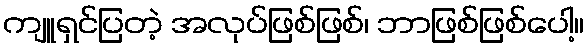
ကျူရှင်ပြတဲ့ အလုပ်ဖြစ်ဖြစ်၊ ဘာဖြစ်ဖြစ်ပေါ့။